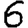
Digit: 6